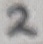
Text: 2